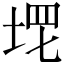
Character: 𡌣